Report of the Indian Hemp Drugs Commission, 1894-1895 - Volume IV
Year: 1894
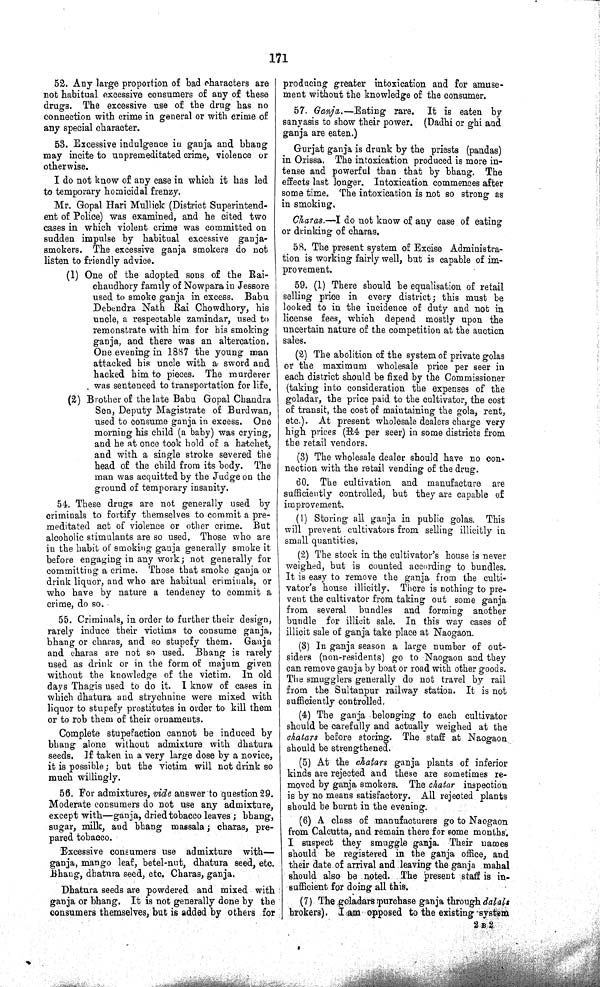
171
52. Any large proportion of bad characters are
not habitual excessive consumers of any of these
drugs. The excessive use of the drug has no
connection with crime in general or with crime of
any special character.
53. Excessive indulgence in ganja and bhang
may incite to unpremeditated crime, violence or
otherwise.
I do not know of any case in which it has led
to temporary homicidal frenzy.
Mr. Gopal Hari Mullick (District Superintend¬
ent of Police) was examined, and he cited two
cases in which violent crime was committed on
sudden impulse by habitual excessive ganja-
smokers. The excessive ganja smokers do not
listen to friendly advice.
(1) One of the adopted sons of the Rai-
chaudhory family of Nowpara in Jessore
used to smoke ganja in excess. Babu
Debendra Nath Rai Chowdhory, his
uncle, a respectable zamindar, used to
remonstrate with him for his smoking
ganja, and there was an altercation.
One evening in 1887 the young man
attacked his uncle with a sword and
hacked him to pieces. The murderer
was sentenced to transportation for life.
(2) Brother of the late Babu Gopal Chandra
Sen, Deputy Magistrate of Burdwan,
used to consume ganja in excess. One
morning his child (a baby) was crying,
and he at once took hold of a hatchet,
and with a single stroke severed the
head of the child from its body. The
man was acquitted by the Judge on the
ground of temporary insanity.
54. These drugs are not generally used by
criminals to fortify themselves to commit a pre¬
meditated act of violence or other crime. But
alcoholic stimulants are so used. Those who are
in the habit of smoking ganja generally smoke it
before engaging in any work; not generally for
committing a crime. Those that smoke ganja or
drink liquor, and who are habitual criminals, or
who have by nature a tendency to commit a
crime, do so.
55. Criminals, in order to further their design,
rarely induce their victims to consume ganja,
bhang or charas, and so stupefy them. Ganja
and charas are not so used. Bhang is rarely
used as drink or in the form of majum given
without the knowledge of the victim. In old
days Thagis used to do it. I know of cases in
which dhatura and strychnine were mixed with
liquor to stupefy prostitutes in order to kill them
or to rob them of their ornaments.
Complete stupefaction cannot be induced by
bhang alone without admixture with dhatura
seeds. If taken in a very large dose by a novice,
it is possible; but the victim will not drink so
much willingly.
56. For admixtures, vide answer to question 29.
Moderate consumers do not use any admixture,
except with—ganja, dried tobacco leaves; bhang,
sugar, milk, and bhang massala; charas, pre¬
pared tobacco.
Excessive consumers use admixture with—
ganja, mango leaf, betel-nut, dhatura seed, etc.
Bhang, dhatura seed, etc. Charas, ganja.
Dhatura seeds are powdered and mixed with
ganja or bhang. It is not generally done by the
consumers themselves, but is added by others for
producing greater intoxication and for amuse¬
ment without the knowledge of the consumer.
57. Ganja.—Eating rare. It is eaten by
sanyasis to show their power. (Dadhi or ghi and
ganja are eaten.)
Gurjat ganja is drunk by the priests (pandas)
in Orissa. The intoxication produced is more in¬
tense and powerful than that by bhang. The
effects last longer. Intoxication commences after
some time. The intoxication is not so strong as
in smoking,
Charas.—I do not know of any case of eating
or drinking of charas.
58. The present system of Excise Administra¬
tion is working fairly well, but is capable of im¬
provement.
59. (1) There should be equalisation of retail
selling price in every district; this must be
looked to in the incidence of duty and not in
license fees, which depend mostly upon the
uncertain nature of the competition at the auction
sales.
(2) The abolition of the system of private golas
or the maximum wholesale price per seer in
each district should be fixed by the Commissioner
(taking into consideration the expenses of the
goladar, the price paid to the cultivator, the cost
of transit, the cost of maintaining the gola, rent,
etc.). At present wholesale dealers charge very
high prices (R4 per seer) in some districts from
the retail vendors.
(3) The wholesale dealer should have no con¬
nection with the retail vending of the drug.
60. The cultivation and manufacture are
sufficiently controlled, but they are capable of
improvement.
(1) Storing all ganja in public golas. This
will prevent cultivators from selling illicitly in
small quantities.
(2) The stock in the cultivator's house is never
weighed, but is counted according to bundles.
It is easy to remove the ganja from the culti¬
vator's house illicitly. There is nothing to pre¬
vent the cultivator from taking out some ganja
from several bundles and forming another
bundle for illicit sale. In this way cases of
illicit sale of ganja take place at Naogaon.
(3) In ganja season a large number of out¬
siders (non-residents) go to Naogaon and they
can remove ganja by boat or road with other goods.
The smugglers generally do not travel by rail
from the Sultanpur railway station. It is not
sufficiently controlled.
(4) The ganja belonging to each cultivator
should be carefully and actually weighed at the
chatars before storing. The staff at Naogaon
should be strengthened.
(5) At the chatars ganja plants of inferior
kinds are rejected and these are sometimes re¬
moved by ganja smokers. The chatar inspection
is by no means satisfactory. All rejected plants
should be burnt in the evening.
(6) A class of manufacturers go to Naogaon
from Calcutta, and remain there for some months.
I suspect they smuggle ganja. Their names
should be registered in the ganja office, and
their date of arrival and leaving the ganja mahal
should also be noted. The present staff is in-
sufficient for doing all this.
(7) The goladars purchase ganja through dalals
brokers). I am opposed to the existing system
2 B 2